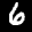
Label: 6